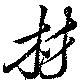
材